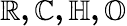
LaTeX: \mathbb{R,C,H,O}